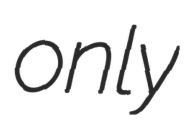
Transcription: only